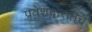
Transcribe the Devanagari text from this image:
प्रवेशद्वारातच